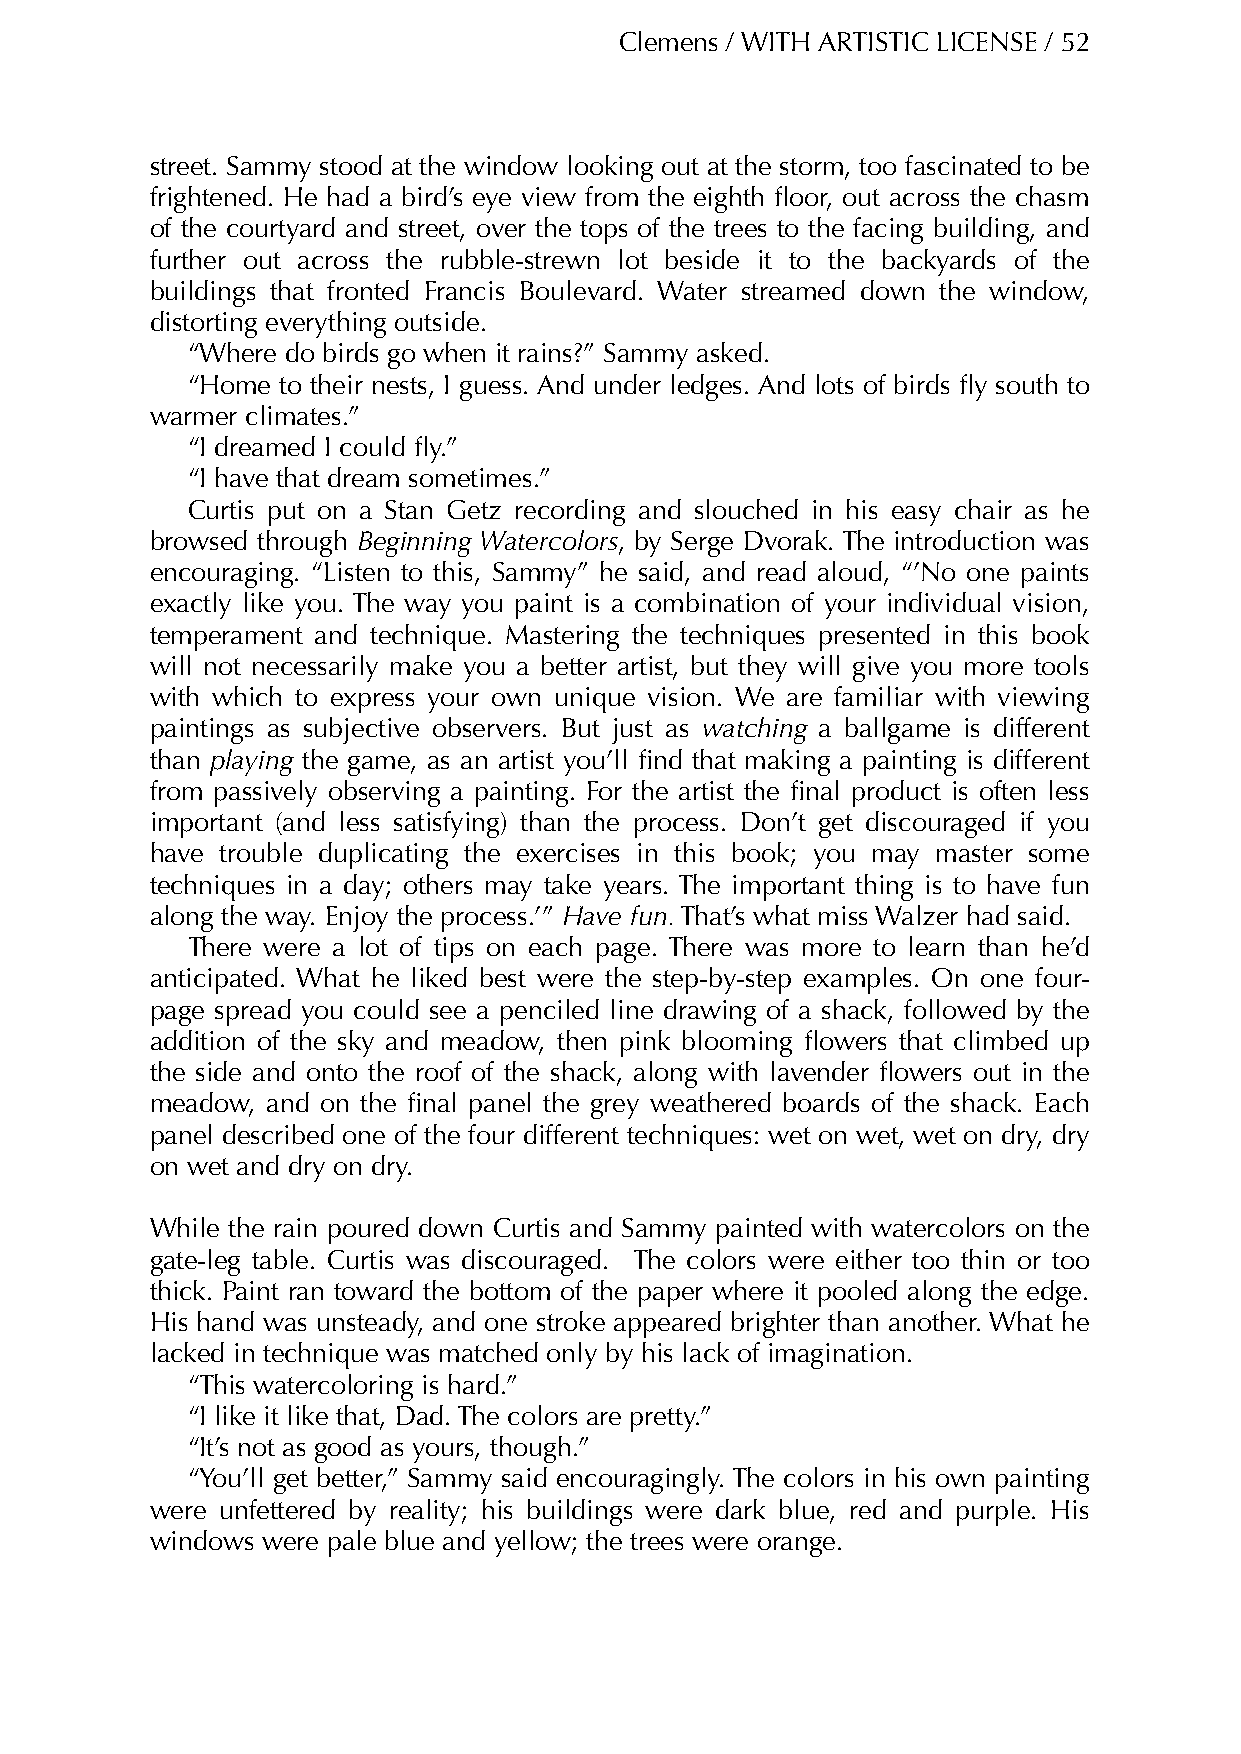
Clemens / WITH ARTISTIC LICENSE / 52
 street. Sammy stood at the window looking out at the storm, too fascinated to be
 frightened. He had a bird’s eye view from the eighth floor, out across the chasm
 of the courtyard and street, over the tops of the trees to the facing building, and
 further out across the rubble-strewn lot beside it to the backyards of the
 buildings that fronted Francis Boulevard. Water streamed down the window,
 distorting everything outside.
 “Where do birds go when it rains?” Sammy asked.
 “Home  to their nests, I guess. And under ledges. And lots of birds fly south to
 warmer climates.”
 “I dreamed I could fly.”
 “I have that dream sometimes.”
 Curtis put on a Stan Getz recording and slouched in his easy chair as he
 browsed through Beginning Watercolors, by Serge Dvorak. The introduction was
 encouraging. “Listen to this, Sammy” he said, and read aloud, “’No one paints
 exactly like you. The way you paint is a combination of your individual vision,
 temperament and technique. Mastering the techniques presented in this book
 will not necessarily make you a better artist, but they will give you more tools
 with which to express your own unique vision. We are familiar with viewing
 paintings as subjective observers. But just as watching a ballgame is different
 than playing the game, as an artist you’ll find that making a painting is different
 from passively observing a painting. For the artist the final product is often less
 important (and less satisfying) than the process. Don’t get discouraged if you
 have trouble duplicating the exercises in this book; you may master some
 techniques in a day; others may take years. The important thing is to have fun
 along the way. Enjoy the process.’” Have fun. That’s what miss Walzer had said.
 There were a lot of tips on each page. There was more to learn than he’d
 anticipated. What he liked best were the step-by-step examples. On one four-
 page spread you could see a penciled line drawing of a shack, followed by the
 addition of the sky and meadow, then pink blooming flowers that climbed up
 the side and onto the roof of the shack, along with lavender flowers out in the
 meadow, and on the final panel the grey weathered boards of the shack. Each
 panel described one of the four different techniques: wet on wet, wet on dry, dry
 on wet and dry on dry.
 While the rain poured down Curtis and Sammy painted with watercolors on the
 gate-leg table. Curtis was discouraged. The colors were either too thin or too
 thick. Paint ran toward the bottom of the paper where it pooled along the edge.
 His hand was unsteady, and one stroke appeared brighter than another. What he
 lacked in technique was matched only by his lack of imagination.
 “This watercoloring is hard.”
 “I like it like that, Dad. The colors are pretty.”
 “It’s not as good as yours, though.”
 “You’ll get better,” Sammy said encouragingly. The colors in his own painting
 were unfettered by reality; his buildings were dark blue, red and purple. His
 windows were pale blue and yellow; the trees were orange.